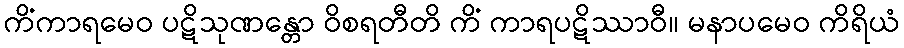
ကိံကာရမေဝ ပဋိသုဏန္တော ဝိစရတီတိ ကိံ ကာရပဋိဿာဝီ။ မနာပမေဝ ကိရိယံ